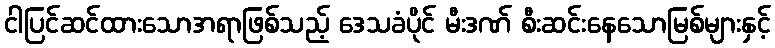
ငါပြင်ဆင်ထားသောအရာဖြစ်သည့် ဒေသခံပိုင် မီးဒဏ် စီးဆင်းနေသောမြစ်များနှင့်